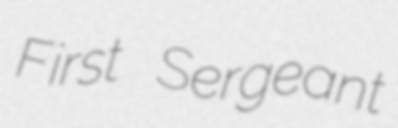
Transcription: First Sergeant